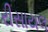
રીસાયલ